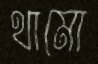
থামো